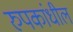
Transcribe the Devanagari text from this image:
रुपकांधील